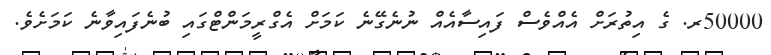
50000ރ. ގެ އިތުރަށް އެއްވެސް ފައިސާއެއް ނުނެގޭނެ ކަމަށް އެގްރީމަންޓްގައި ބުނެފައިވާނެ ކަމަށެވެ.